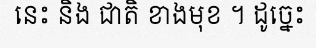
នេះ និង ជាតិ ខាងមុខ ។ ដូច្នេះ